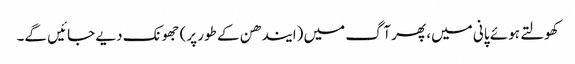
کھولتے ہوئے پانی میں، پھر آگ میں (ایندھن کے طور پر) جھونک دیے جائیں گے۔